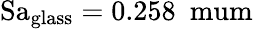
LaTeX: \mathrm{Sa_{glass}=0.258\ \ mum}